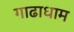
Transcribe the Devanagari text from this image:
गाढाधाम